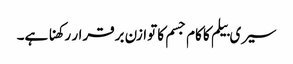
سیری بیلم کا کام جسم کا توازن برقرار رکھنا ہے۔